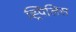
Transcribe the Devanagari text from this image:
ह्र्पिलिस